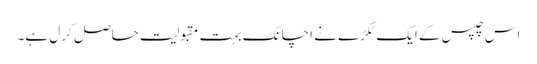
اس چپس کے ایک ٹکڑے نے اچانک بہت مقبولیت حاصل کر ل ہے۔